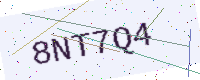
Text: 8NT7Q4